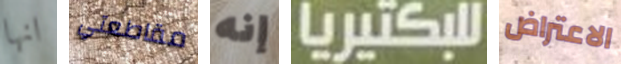
انها مقاطعتي إنه للبكتيريا الاعتراض